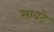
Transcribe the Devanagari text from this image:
सावदे